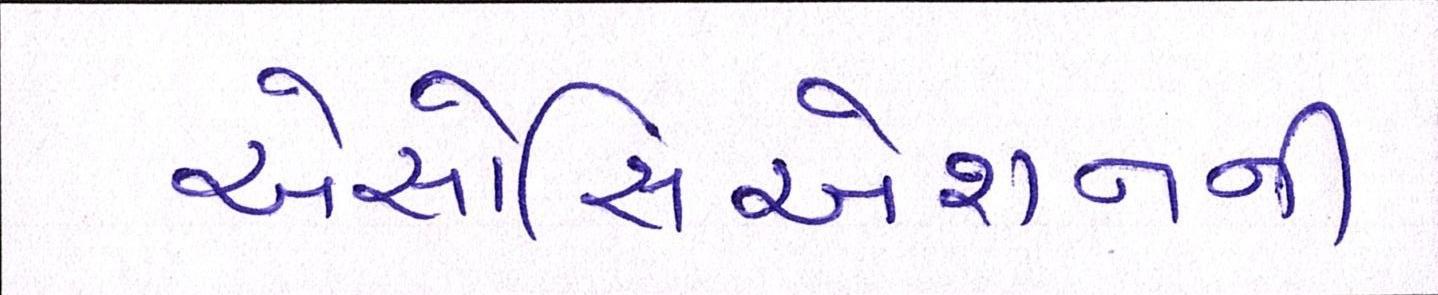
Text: એસોસિએશનની